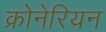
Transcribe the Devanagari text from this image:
क्रोनेरियन